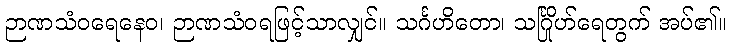
ဉာဏသံဝရေနေဝ၊ ဉာဏသံဝရဖြင့်သာလျှင်။ သင်္ဂဟိတော၊ သင်္ဂြိုဟ်ရေတွက် အပ်၏။